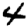
Digit: 4